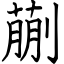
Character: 蒯